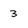
Character: 3